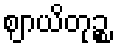
ဈာယိတုဉ္စ